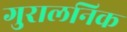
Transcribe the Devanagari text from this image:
गुरालनिक